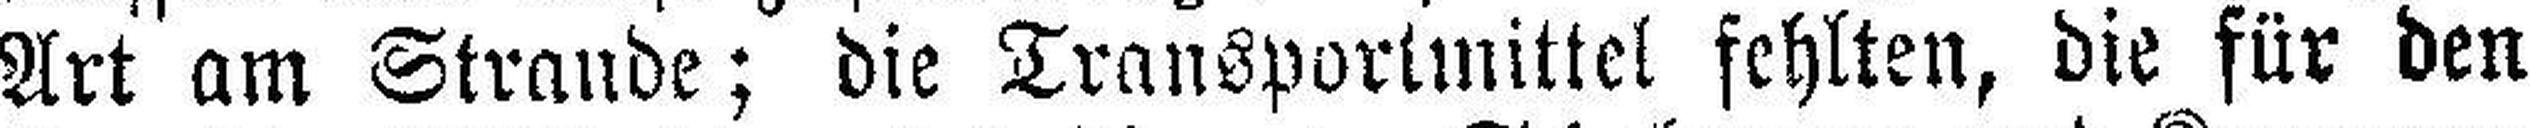
Art am Strande; die Transportmittel fehlten, die für den